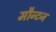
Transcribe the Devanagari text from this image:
मौन्टन